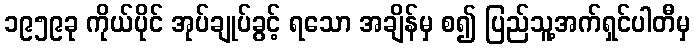
၁၉၅၉ခု ကိုယ်ပိုင် အုပ်ချုပ်ခွင့် ရသော အချိန်မှ စ၍ ပြည်သူ့အက်ရှင်ပါတီမှ